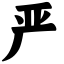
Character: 严